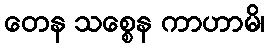
တေန သစ္စေန ကာဟာမိ၊